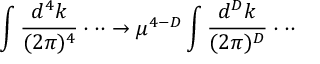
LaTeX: \int \frac { d ^ { 4 } k } { ( 2 \pi ) ^ { 4 } } \cdot \cdot \cdot \rightarrow \mu ^ { 4 - D } \int \frac { d ^ { D } k } { ( 2 \pi ) ^ { D } } \cdot \cdot \cdot